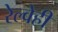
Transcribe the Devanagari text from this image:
रेल्वेही